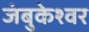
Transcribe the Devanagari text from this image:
जंबुकेश्‍वर